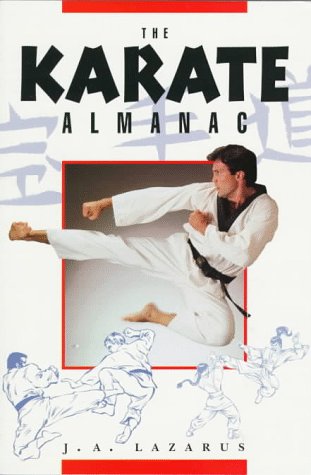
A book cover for The Karate Almanac; Jeremy A. Lazarus; Teen & Young Adult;